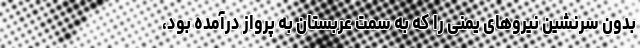
بدون سرنشین نیروهای یمنی را که به سمت عربستان به پرواز درآمده بود،